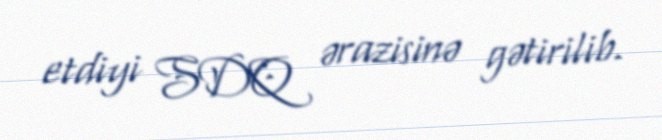
etdiyi SDQ ərazisinə gətirilib.